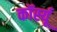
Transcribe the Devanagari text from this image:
कॉर्स्यू